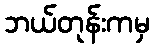
ဘယ်တုန်းကမှ